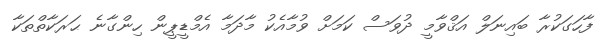
ފާހަގަކުރާ ބައިނަލް އަޤްވާމީ ދުވަސް ކަމަށް ވުމާއެކު މާދަމާ އެމްޑީޕީން ހިންގާނެ ޙަރަކާތްތަކާ